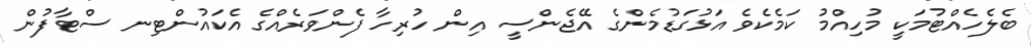
ބެލެހެއްޓުމަކީ މުހިއްމު ކަމެކެވެ އަޅުގަޑުމެންގެ އޭޖެންސީ އިން ހުރިހާ ފެންވަރެއްގެ އެކައުންޓިނ ސްޓާފުން